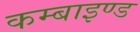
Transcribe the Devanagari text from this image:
कम्बाइण्ड